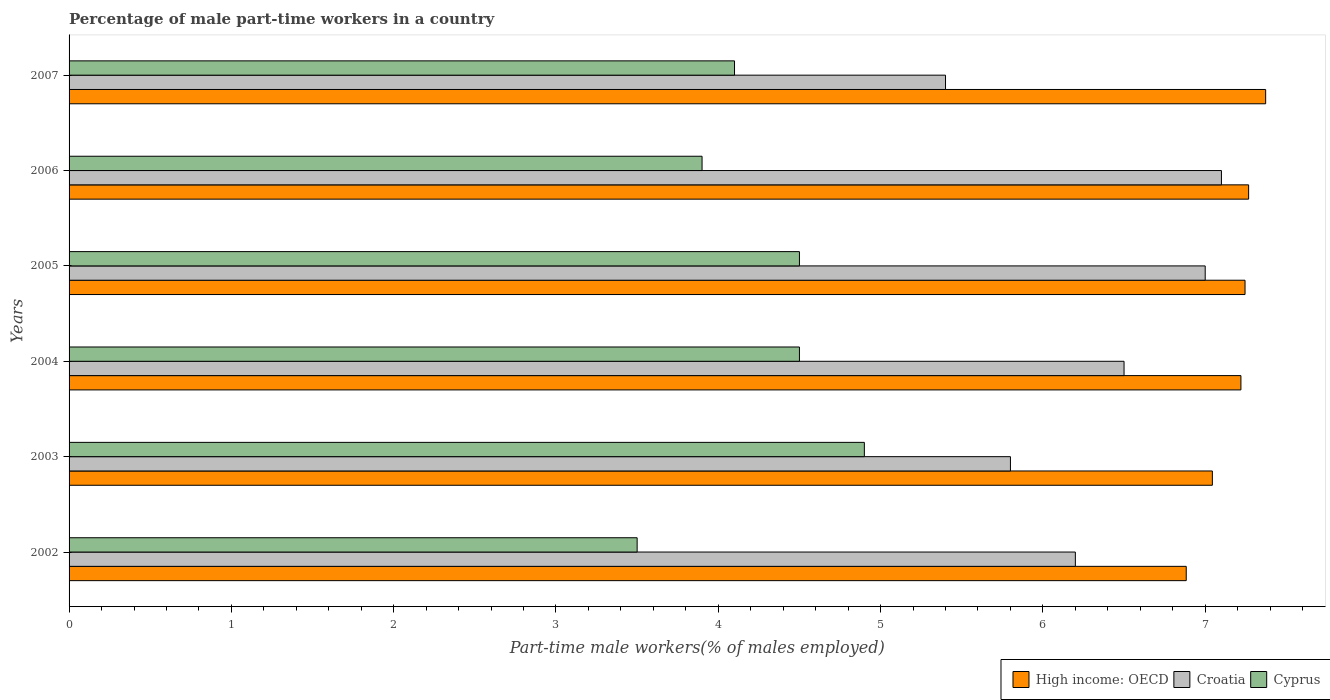
| Years | High income: OECD | Croatia | Cyprus |
 | --- | --- | --- | --- |
 | 2002 | 6.88 | 6.2 | 3.5 |
 | 2003 | 7.04 | 5.8 | 4.9 |
 | 2004 | 7.22 | 6.5 | 4.5 |
 | 2005 | 7.25 | 7 | 4.5 |
 | 2006 | 7.27 | 7.1 | 3.9 |
 | 2007 | 7.37 | 5.4 | 4.1 |